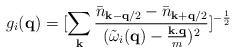
\begin{align*}g_{i}({\bf{q}}) = [\sum_{ {\bf{k}} }\frac{ {\bar{n}}_{ {\bf{k}} - {\bf{q}}/2 }-{\bar{n}}_{ {\bf{k}} + {\bf{q}}/2 } }{({\tilde{\omega}}_{i}({\bf{q}}) - \frac{ {\bf{k.q}} }{m})^{2}}]^{-\frac{1}{2}}\end{align*}